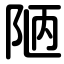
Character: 陋